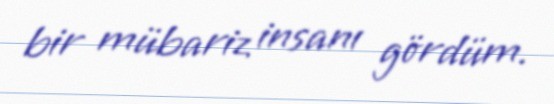
bir mübariz insanı gördüm.